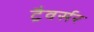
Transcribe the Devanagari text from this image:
ट्रैवर्सर